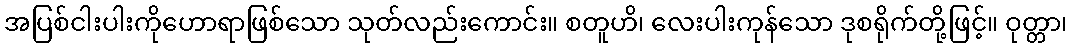
အပြစ်ငါးပါးကိုဟောရာဖြစ်သော သုတ်လည်းကောင်း။ စတူဟိ၊ လေးပါးကုန်သော ဒုစရိုက်တို့ဖြင့်။ ဝုတ္တာ၊